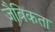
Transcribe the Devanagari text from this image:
जैविकता